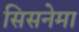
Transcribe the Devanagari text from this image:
सिसनेमा